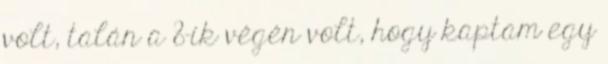
volt, talán a 8-ik végén volt, hogy kaptam egy